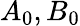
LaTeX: A_{0},B_{0}